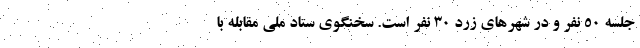
جلسه 50 نفر و در شهرهای زرد 30 نفر است. سخنگوی ستاد ملی مقابله با